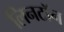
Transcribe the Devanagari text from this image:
लिनटॉन